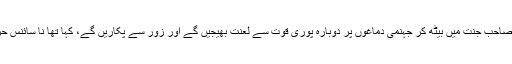
مولوی صاحب جنت میں بیٹھ کر جہنمی دماغوں پر دوبارہ پوری قوت سے لعنت بھیجیں گے اور زور سے پکاریں گے، کہا تھا نا سائنس حرام ہے۔